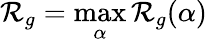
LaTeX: \mathcal{R}_{g}=\operatorname*{max}_{\alpha}\mathcal{R}_{g}(\alpha)